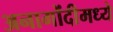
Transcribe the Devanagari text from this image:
अनागोंदीमध्ये